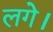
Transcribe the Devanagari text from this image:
लगेे।